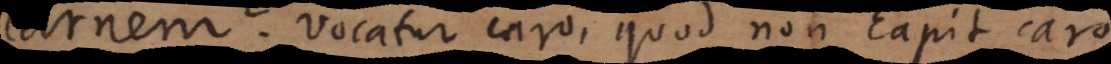
carnem? Vocatur caro, quod non capit caro